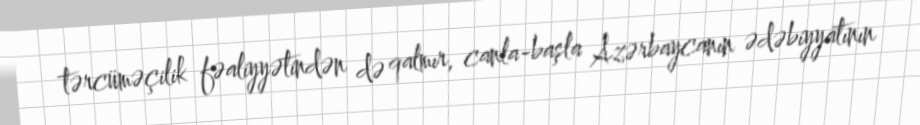
tərcüməçilik fəaliyyətindən də qalmır, canla-başla Azərbaycanın ədəbiyyatının